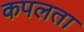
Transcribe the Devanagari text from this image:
कपलता